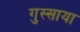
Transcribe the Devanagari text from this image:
गुस्साया